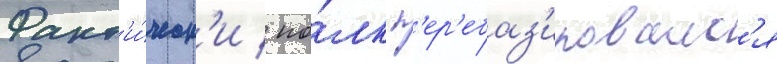
Факт'и́ческ'и / по́лк п'ер'ебаз'ировалс'я